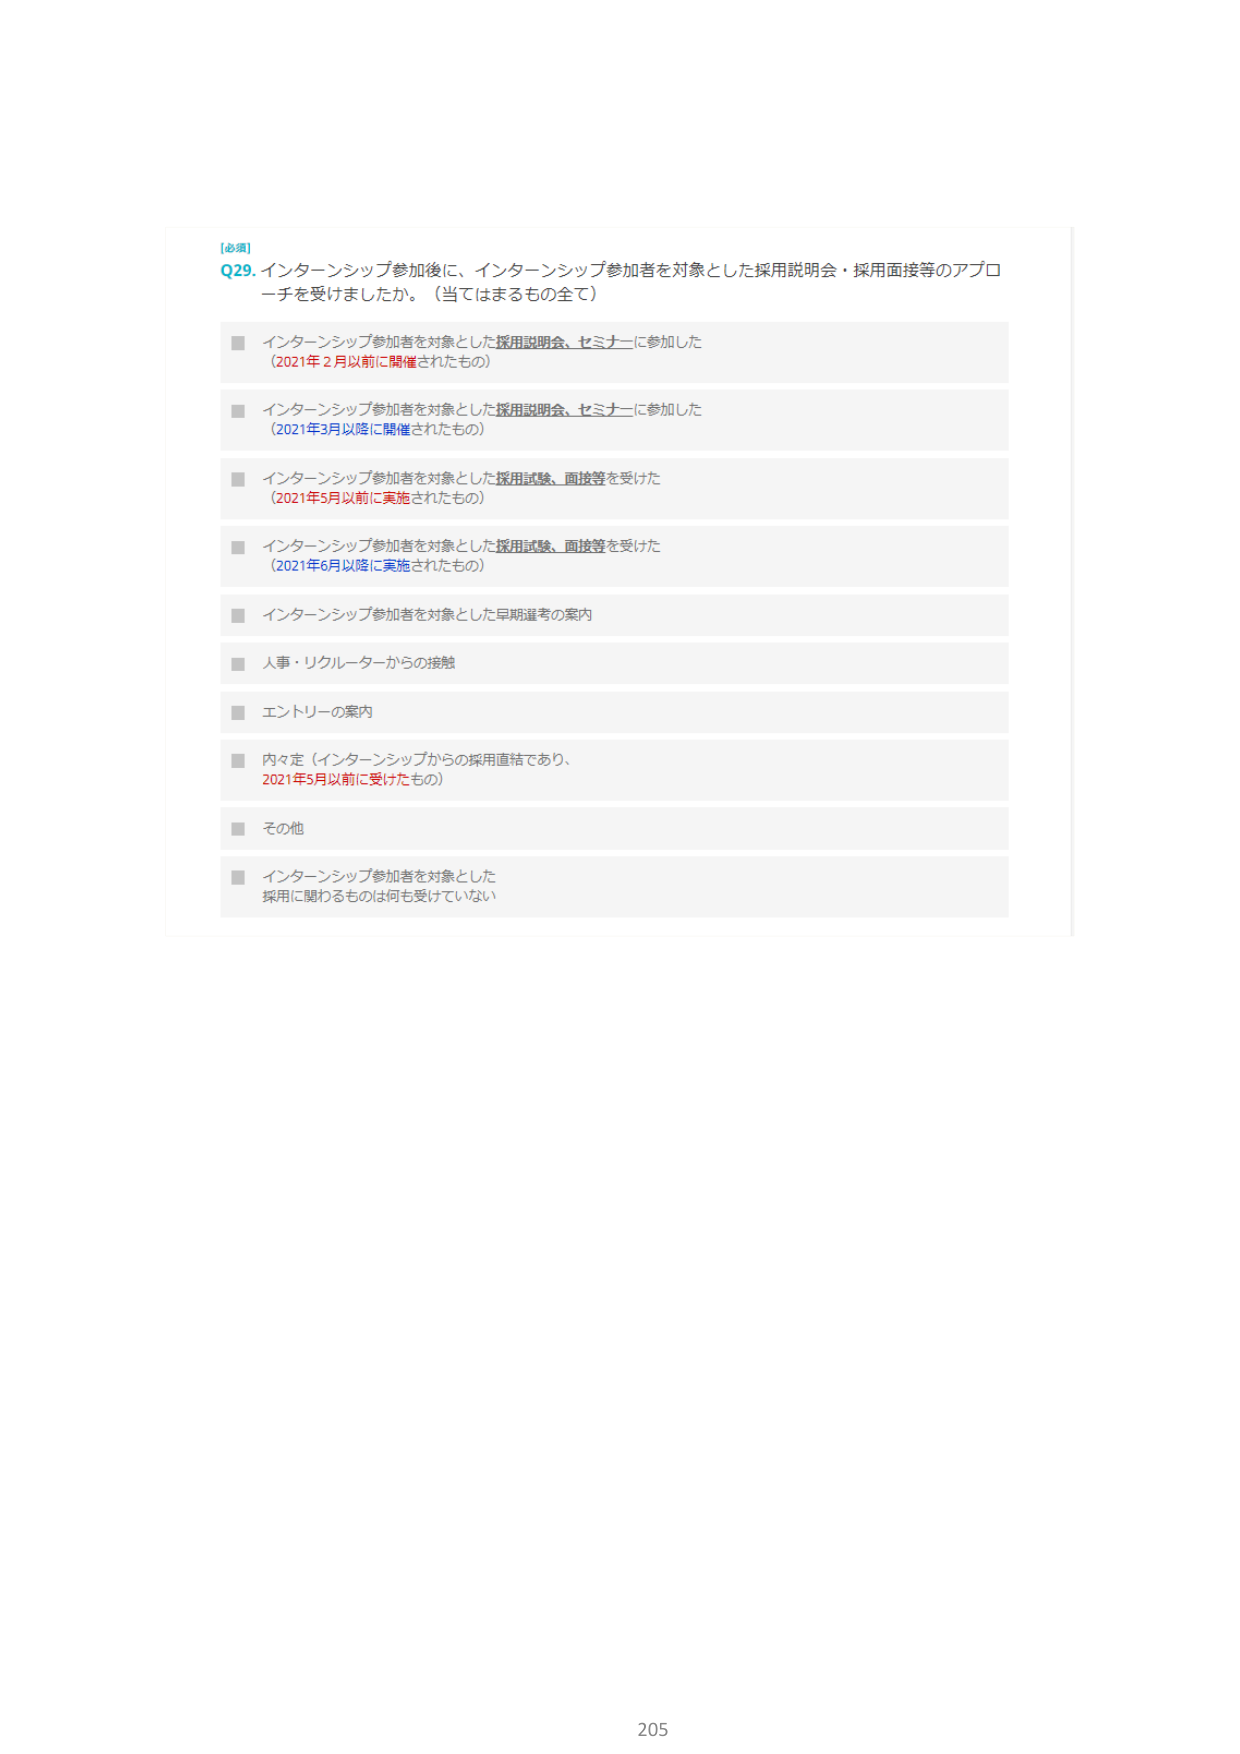
[必須]
Q29. インターンシップ参加後に、インターンシップ参加者を対象とした採用説明会・採用面接等のアプローチを受けましたか。（当てはまるもの全て）

■ インターンシップ参加者を対象とした採用説明会、セミナーに参加した
（2021年2月以前に開催されたもの）

■ インターンシップ参加者を対象とした採用説明会、セミナーに参加した
（2021年3月以降に開催されたもの）

■ インターンシップ参加者を対象とした採用試験、面接等を受けた
（2021年5月以前に実施されたもの）

■ インターンシップ参加者を対象とした採用試験、面接等を受けた
（2021年6月以降に実施されたもの）

■ インターンシップ参加者を対象とした早期選考の案内

■ 人事・リクルーターからの接触

■ エントリーの案内

■ 内々定（インターンシップからの採用直結であり、
2021年5月以前に受けたもの）

■ その他

■ インターンシップ参加者を対象とした
採用に関わるものは何も受けていない

205